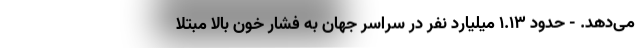
می‌دهد. - حدود ۱.۱۳ میلیارد نفر در سراسر جهان به فشار خون بالا مبتلا